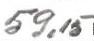
59,15